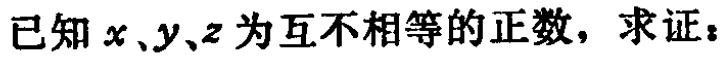
已知 \(x、y、z\) 为互不相等的正数，求证：